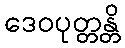
ဒေဝပုတ္တန္တိ